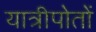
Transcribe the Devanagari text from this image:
यात्रीपोतों